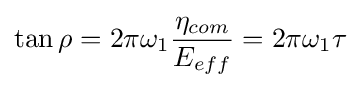
\tan \rho =2\pi \omega _{1}{\frac {\eta _{com}}{E_{eff}}}=2\pi \omega _{1}\tau